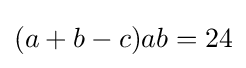
(a+b-c)ab=24